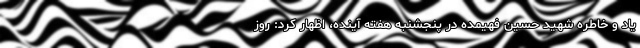
یاد و خاطره شهید حسین فهیمده در پنجشنبه هفته آینده، اظهار کرد: روز